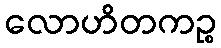
လောဟိတကဉ္စ